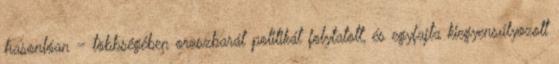
hasonlóan – többségében oroszbarát politikát folytatott, és egyfajta kiegyensúlyozott